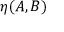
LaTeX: \eta ( A , B )